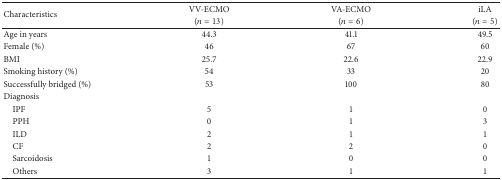
| <ROWSPAN=2> Characteristics | VV-ECMO | VA-ECMO | iLA |
 | (n = 13) | (n = 6) | (n = 5) |
 | --- | --- | --- | --- |
 | Age in years | 44.3 | 41.1 | 49.5 |
 | Female (%) | 46 | 67 | 60 |
 | BMI | 25.7 | 22.6 | 22.9 |
 | Smoking history (%) | 54 | 33 | 20 |
 | Successfully bridged (%) | 53 | 100 | 80 |
 | Diagnosis |  |  |  |
 | IPF | 5 | 1 | 0 |
 | PPH | 0 | 1 | 3 |
 | ILD | 2 | 1 | 1 |
 | CF | 2 | 2 | 0 |
 | Sarcoidosis | 1 | 0 | 0 |
 | Others | 3 | 1 | 1 |